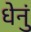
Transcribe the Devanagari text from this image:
धेनुं